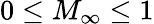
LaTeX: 0\leq M_{\infty}\leq 1